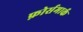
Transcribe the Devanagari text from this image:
फ़ोर्समार्क